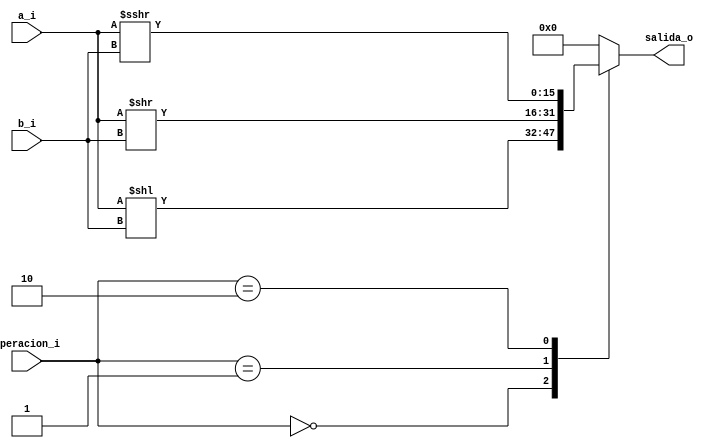
/*
	Grupo:			5CV3
	Proyecto:   	monociclo_FPGA
	Archivo:			shift.v
	Equipo:			Equipo 3
	Integrantes:	Abraham Roman Ramrez
						Andrade Jimnez Jonathan 
						Brenda Vergara Martnez
						Kaleb Yael De La Rosa Gutirrez
						Osmar Alejandro Garcia Jimnez
	Descripcion: 	Este archivo implementa las opercaiones shift
						
*/
module shift #(parameter N = 16)(
    input [N-1:0] a_i,       		// Entrada A de N bits
    input [N-1:0] b_i,       		// Entrada B de N bits (cantidad de desplazamiento)
    input [1:0] operacion_i,     // Cdigo de operacin de 2 bits para el tipo de desplazamiento
    output reg [N-1:0] salida_o 	// Resultado del desplazamiento
);

    always @(*) begin
        case (operacion_i)
            2'b00: salida_o = a_i << b_i;  				// Desplazamiento lgico a la izquierda (SLL)
            2'b01: salida_o = a_i >> b_i;  				// Desplazamiento lgico a la derecha (SRL)
            2'b10: salida_o = $signed(a_i) >>> b_i;   // Desplazamiento aritmtico a la derecha (SRA)
            default: salida_o = {N{1'b0}};
        endcase
    end

endmodule